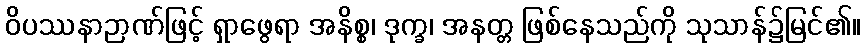
ဝိပဿနာဉာဏ်ဖြင့် ရှာဖွေရာ အနိစ္စ၊ ဒုက္ခ၊ အနတ္တ ဖြစ်နေသည်ကို သုသာန်၌မြင်၏။